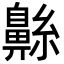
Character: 𮮷